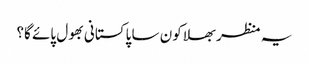
یہ منظر بھلا کون سا پاکستانی بھول پائے گا؟